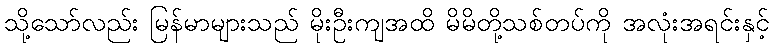
သို့သော်လည်း မြန်မာများသည် မိုးဦးကျအထိ မိမိတို့သစ်တပ်ကို အလုံးအရင်းနှင့်